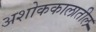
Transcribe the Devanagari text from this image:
अशोककालातील